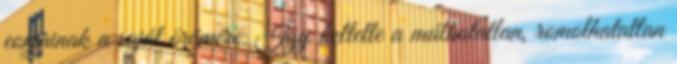
eonjainak a saját örömére. Így keltette a múlhatatlan, romolhatatlan